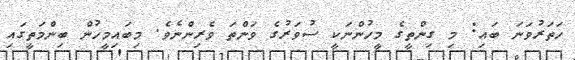
ހަތަރުވަނަ ބައި: މި ގިންތީގެ މީހުންނަކީ ސުވަރުގެ ވަންތަ ވެރިންނެވެ. މިބައިމީހުން ބިންމަތީގައި